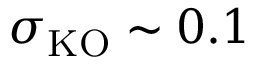
\sigma _ { \mathrm { K O } } \sim 0 . 1